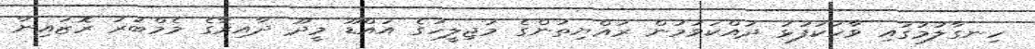
ހިނގާލުމުގައި ވާހަކަފުޅު ދައްކަވަމުން ރައްޔިތުންގެ މަޖިލީހުގެ އައްޑޫ މީދޫ ދާއިރާގެ މެމްބަރު ރޮޒައިނާ